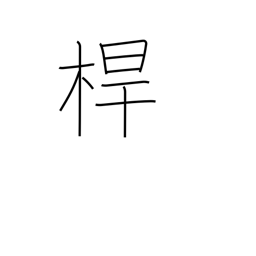
Meaning: pole